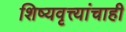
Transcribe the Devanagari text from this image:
शिष्यवृत्त्यांचाही